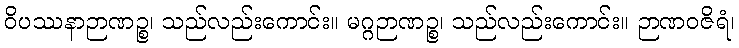
ဝိပဿနာဉာဏဉ္စ၊ သည်လည်းကောင်း။ မဂ္ဂဉာဏဉ္စ၊ သည်လည်းကောင်း။ ဉာဏဝဇိရံ၊